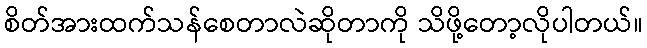
စိတ်အားထက်သန်စေတာလဲဆိုတာကို သိဖို့တော့လိုပါတယ်။